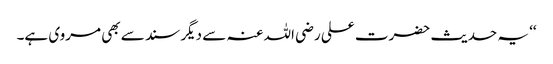
‘‘ یہ حدیث حضرت علی رضی اللہ عنہ سے دیگر سند سے بھی مروی ہے۔